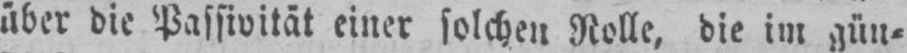
über die Passivität einer solchen Rolle, die im gün⸗